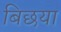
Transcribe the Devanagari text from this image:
बिछया